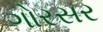
ગોરસર